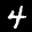
Label: 4